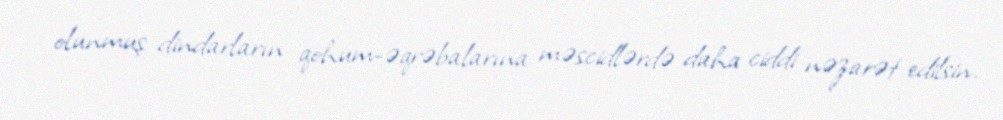
olunmuş dindarların qohum-əqrəbalarına məscidlərdə daha ciddi nəzarət edilsin.